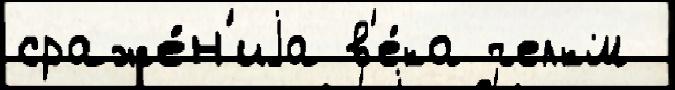
сраже́н'иjа в'е́ка челкм